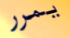
يمرر